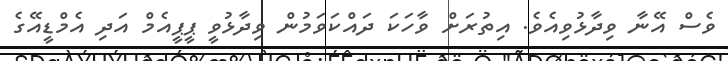
ވެސް އޭނާ ވިދާޅުވިއެވެ. އިތުރަށް ވާހަކަ ދައްކަވަމުން ވިދާޅުވީ ޕީޕީއެމް އަދި އެމްޑީއޭގެ